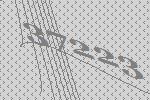
37223